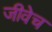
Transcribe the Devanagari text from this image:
जीवेच